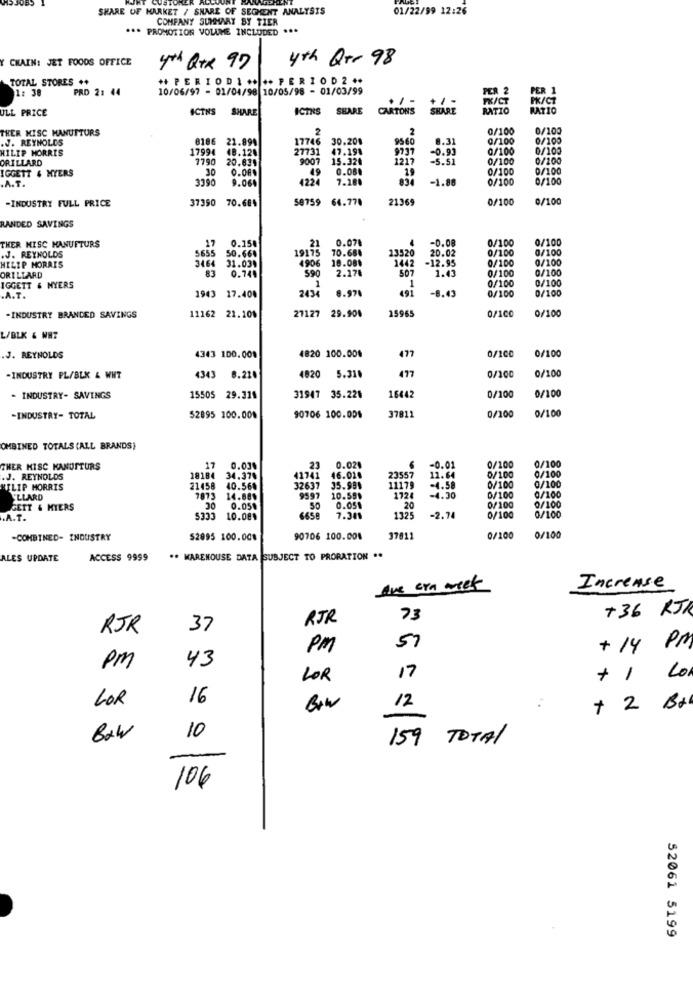
SHARE OF HARKET / SHARE OF SEGMENT ANALYSIS
01/22/99 12:26
COMPANY SUMMARY BY TIER
* PROMOTION VOLUME INCLUDED ***
CHAIN: JET FOODS OFFICE
4th Qrr 98
4th Qtx 97
TOTAL STORES .+
PERIODI **** PERIOD2 **
1: 38
PRD 2: 44
10/06/97 - 01/04/98 10/05/98 - 01/03/99
PER 2
PER 1
+/-
FK/CT
PK/CZ
ULL PRICE
ACTNS
SHARE
ICTNS SEARE
CARTONS
SHARE
RATIO
RATIO
THER MISC MANUTTURS
2
2
0/100
0/100
.J. REYNOLDS
8186 21.894
17746
30.20%
9560
8.31
0/100
0/100
HILIP MORRIS
17994 48.128
27731
47.198
9737
-0.93
0/100
0/100
ORILLARD
7790
20.834
9007
15.320
1217
-5.51
0/100
0/100
IGGETT & NYERS
30
0.08.
49
0.08.
19
0/100
0/100
.A.T.
3390
9.064
4224
7.280
834
-1.88
0/100
0/100
58759 64.778
21369
0/100
0/100
-INDUSTRY FULL PRICE
37390 70.684
RANDED SAVINGS
17
0.158
21
0.07₺
-0.08
0/100
0/100
THER MISC MANUFTURS
5655 50.664
19175
70.684
13520
20.02
0/100
0/100
.J. REYNOLDS
4906
10.08%
1442
-12.95
0/100
0/100
HILIP MORAIS
3464 31.039
83
0.744
590
2.178
507
1.43
0/100
0/100
ORILLARD
1
0/100
0/100
IGGETT & NYERS
2434
8.978
491
-8.43
0/100
0/100
.A.T.
1943 17.400
27127 29.90%
15965
0/100
-INDUSTRY BRANDED SAVINGS
11162 21.10%
0/100
L/BLK & NHT
4820 100.00%
477
0/100
0/100
J. REYNOLDS
4343 100.009
477
-INDUSTRY PL/BLK & WHT
4343 8.220
4820 5.31.
0/100
0/100
0/100
- INDUSTRY- SAVINGS
15505 29.319
31947 35.226
16442
0/100
0/100
-INDUSTRY- TOTAL
52895 100.00%
90706 100.00%
37811
0/100
OMBINED TOTALS (ALL BRANDS)
THER MISC KANUTTURS
17
0.03.
23
0.024
-0.01
0/100
0/100
.J. REYNOLDS
18184
34.378
41741 46.01.
23557
11.64
0/100
0/100
0/100
MILIP MORRIS
21458
40.568
32637
35.99%
11179
-4.58
0/100
"LLARD
7873
14.88%
9597
10.599
1725
20
-4.30
0/100
0/100
0/100
GETT & MYERS
20
0.05.
50
0.05$
0/100
A.T.
5333
10.08.
665E
7.201
1325
-2.74
0/100
0/100
-COMBINED- INDUSTRY
S2095 100.008
90706 100.001
37811
0/100
0/100
ALES UPDATE
ACCESS 9999
.. WAREHOUSE DATA SUBJECT TO PRORATION **
Ave era week
Increase
+36 KJK
RJR
RJR
37
PM
57
+ 14 PM
PM
43
17
LOR
+1
LOR
16
12
+ 2 BA
Baw
10
159 TOTAL
106
52061 5199